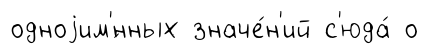
одноjим'́нных значе́н'ий с'юда́ о